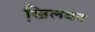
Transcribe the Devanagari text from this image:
खि़लवत